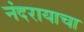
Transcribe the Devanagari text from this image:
नंदरायाचा